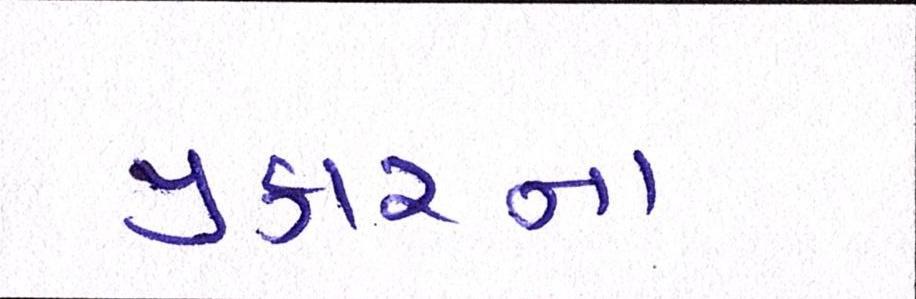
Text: પ્રકારના